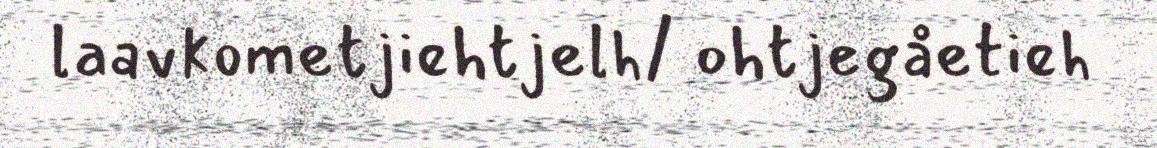
laavkometjiehtjelh/ ohtjegåetieh